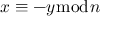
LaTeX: x \equiv - y { \bmod { n } }